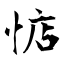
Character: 惦